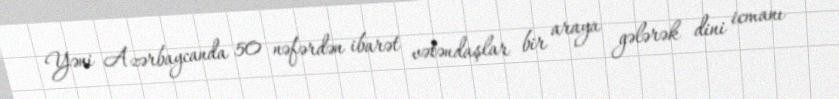
Yəni Azərbaycanda 50 nəfərdən ibarət vətəndaşlar bir araya gələrək dini icmanı